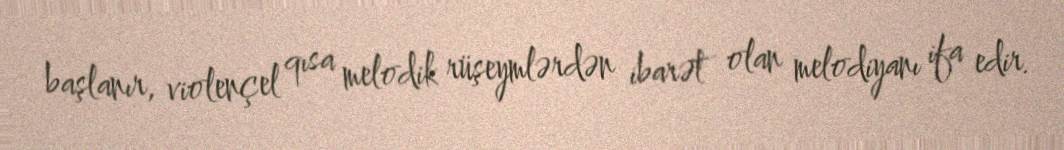
başlanır, violençel qısa melodik rüşeymlərdən ibarət olan melodiyanı ifa edir.